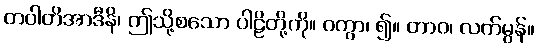
တဝါတိအာဒီနိ၊ ဤသို့စသော ပါဠိတို့ကို။ ဝတွာ၊ ၍။ တာဝ၊ လက်မွန်။